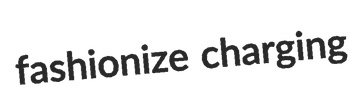
fashionize charging